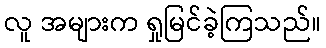
လူ အများက ရှုမြင်ခဲ့ကြသည်။